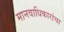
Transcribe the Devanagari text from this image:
मानवाधिकारांचा